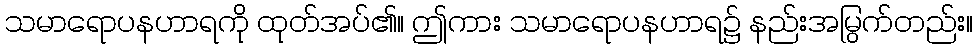
သမာရောပနဟာရကို ထုတ်အပ်၏။ ဤကား သမာရောပနဟာရ၌ နည်းအမြွက်တည်း။